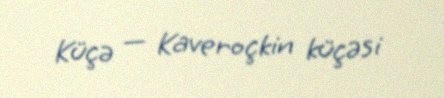
Küçə — Kaveroçkin küçəsi